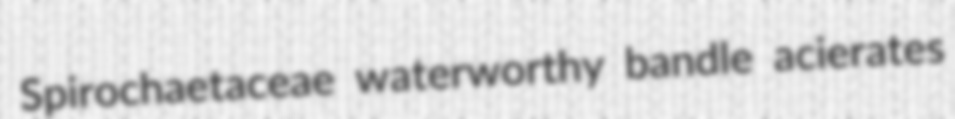
Spirochaetaceae waterworthy bandle acierates